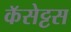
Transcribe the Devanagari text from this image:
कॅसेट्टस